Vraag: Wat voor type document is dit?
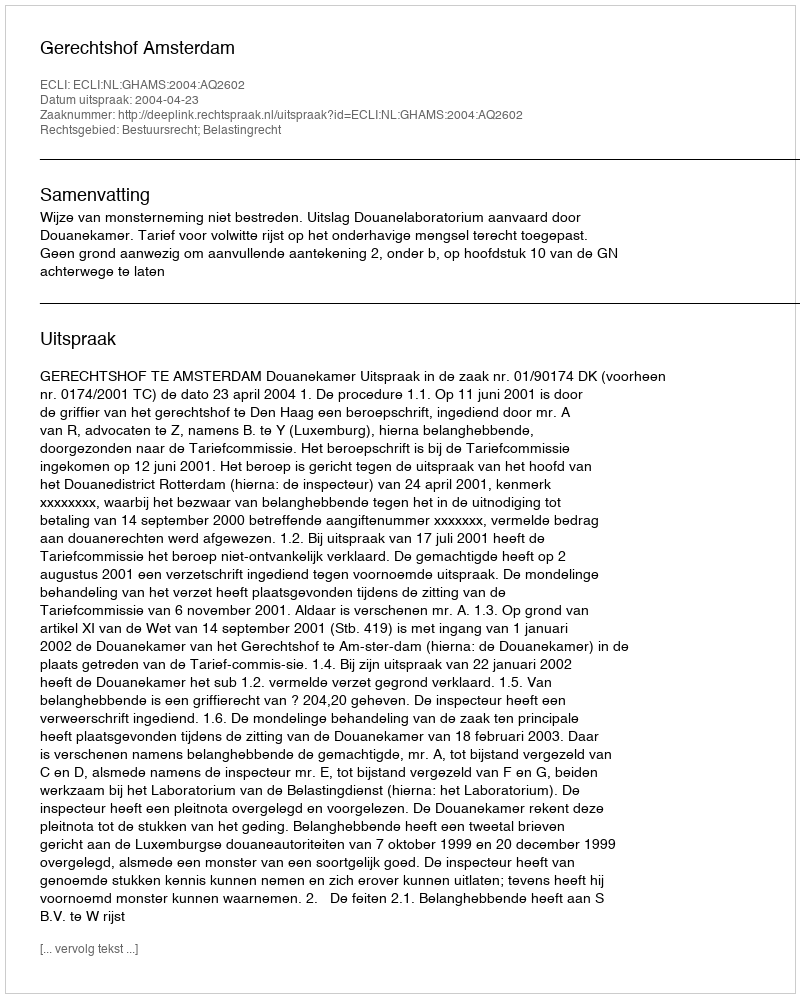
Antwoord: Uitspraak